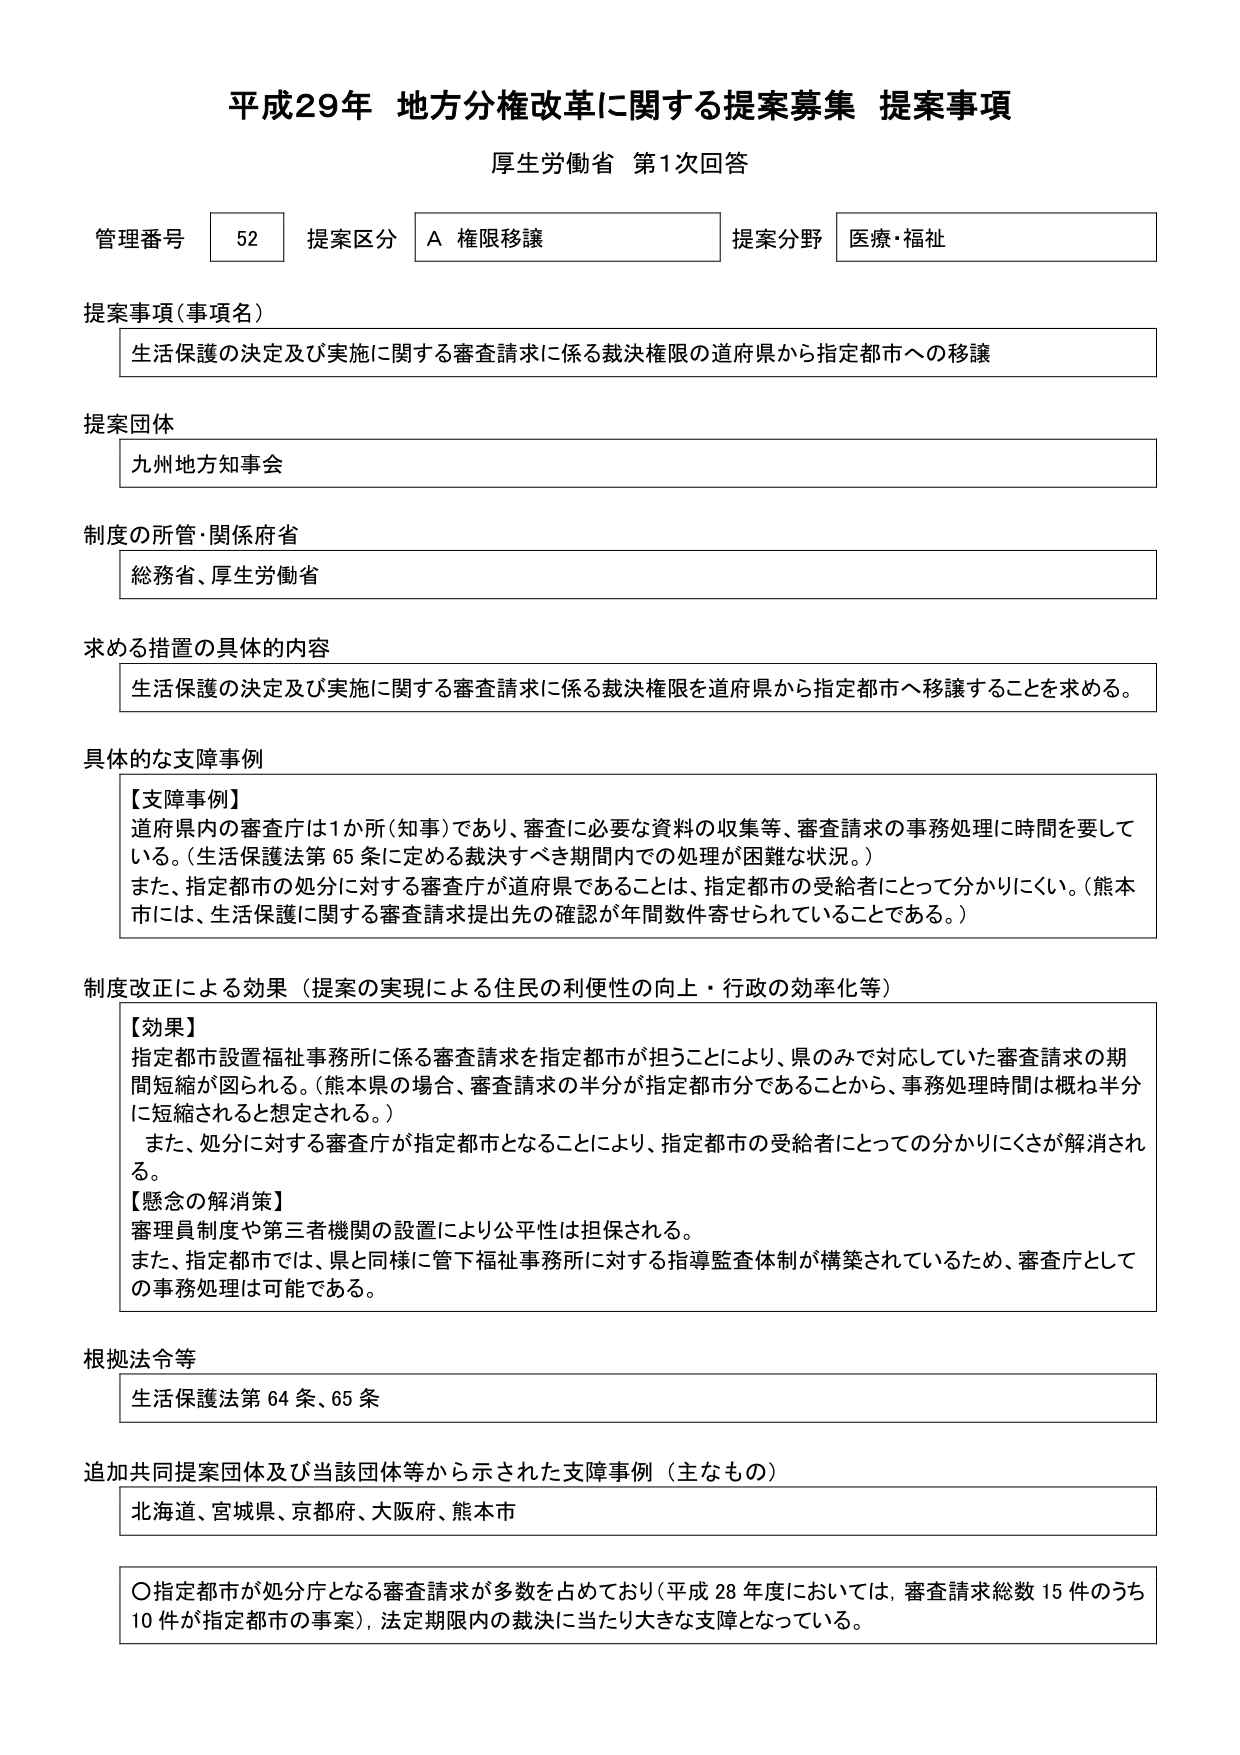
平成29年 地方分権改革に関する提案募集 提案事項
厚生労働省 第1次回答

管理番号 52 提案区分 A 権限移譲 提案分野 医療・福祉

提案事項（事項名）
生活保護の決定及び実施に関する審査請求に係る裁決権限の道府県から指定都市への移譲

提案団体
九州地方知事会

制度の所管・関係府省
総務省、厚生労働省

求める措置の具体的内容
生活保護の決定及び実施に関する審査請求に係る裁決権限を道府県から指定都市へ移譲することを求める。

具体的な支障事例
【支障事例】
道府県内の審査庁は1か所（知事）であり、審査に必要な資料の収集等、審査請求の事務処理に時間を要している。（生活保護法第65条に定める裁決すべき期間内での処理が困難な状況。）
また、指定都市の処分に対する審査庁が道府県であることは、指定都市の受給者にとって分かりにくい。（熊本市には、生活保護に関する審査請求提出先の確認が年間数件寄せられていることである。）

制度改正による効果（提案の実現による住民の利便性の向上・行政の効率化等）
【効果】
指定都市設置福祉事務所に係る審査請求を指定都市が担うことにより、県のみで対応していた審査請求の期間短縮が図られる。（熊本市の場合、審査請求の半分が指定都市分であることから、事務処理時間は概ね半分に短縮されると想定される。）
また、処分に対する審査庁が指定都市となることにより、指定都市の受給者にとっての分かりにくさが解消される。
【懸念の解消策】
審理員制度や第三者機関の設置により公平性は担保される。
また、指定都市では、県と同様に管下福祉事務所に対する指導監査体制が構築されているため、審査庁としての事務処理は可能である。

根拠法令等
生活保護法第64条、65条

追加共同提案団体及び当該団体等から示された支障事例（主なもの）
北海道、宮城県、京都府、大阪府、熊本市

〇指定都市が処分庁となる審査請求が多数を占めており（平成28年度においては、審査請求総数15件のうち10件が指定都市の事案）、法定期限内の裁決に当たり大きな支障となっている。